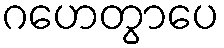
ဂဟေတွာပေ